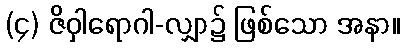
(၄) ဇိဝှါရောဂါ-လျှာ၌ ဖြစ်သော အနာ။